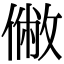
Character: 𠍯